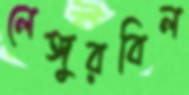
লেঙ্গুরবিল